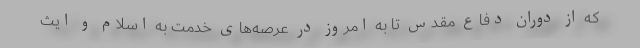
که از دوران دفاع مقدس تا به امروز در عرصه‌های خدمت به اسلام و ایث